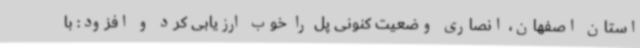
استان اصفهان، انصاری وضعیت کنونی پل را خوب ارزیابی کرد و افزود: با